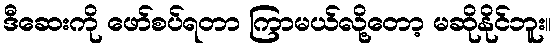
ဒီဆေးကို ဖော်စပ်ရတာ ကြာမယ်လို့တော့ မဆိုနိုင်ဘူး။